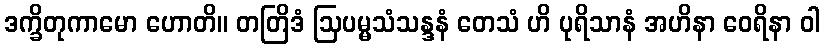
ဒက္ခိတုကာမော ဟောတိ။ တတြိဒံ ဩပမ္မသံသန္ဒနံ တေသံ ဟိ ပုရိသာနံ အဟိနာ ဝေရိနာ ဝါ